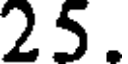
25.